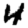
Digit: 4